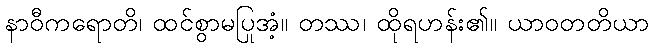
နာဝီကရောတိ၊ ထင်စွာမပြုအံ့။ တဿ၊ ထိုရဟန်း၏။ ယာဝတတိယာ